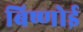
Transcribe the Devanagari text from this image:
बिष्णोई